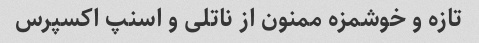
تازه و خوشمزه ممنون از ناتلی و اسنپ اکسپرس